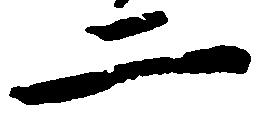
二